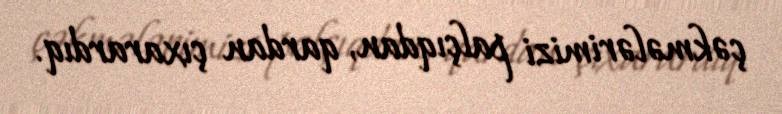
çəkmələrimizi palçıqdan, qardan çıxarardıq.